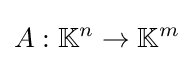
A:\mathbb {K} ^{n}\to \mathbb {K} ^{m}